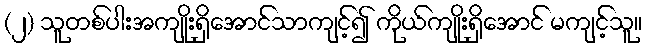
(၂) သူတစ်ပါးအကျိုးရှိအောင်သာကျင့်၍ ကိုယ်ကျိုးရှိအောင် မကျင့်သူ။